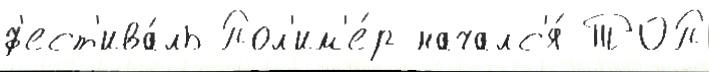
ф'ест'ива́ль Пол'им'е́р началс'я́ ТОП